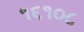
૧૬૧૦૮